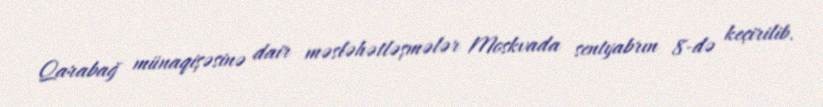
Qarabağ münaqişəsinə dair məsləhətləşmələr Moskvada sentyabrın 8-də keçirilib.